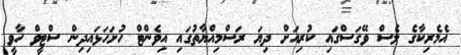
އެމެރިކާގެ ލެސް ވޭގަސްގައި ކުރިއަށް ދިޔަ ރަސްމިއްޔާތުގައި އިވެންޓް ހުށަހަޅައިދިން ސްޓީވް ހާވީ